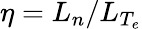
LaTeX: \eta=L_{n}/L_{T_{e}}